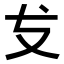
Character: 𭣔